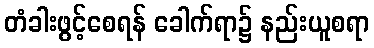
တံခါးဖွင့်စေရန် ခေါက်ရာ၌ နည်းယူစရာ